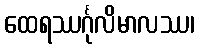
ထေရဿင်္ဂုလိမာလဿ၊